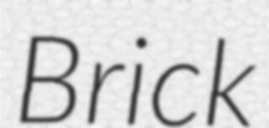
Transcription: Brick